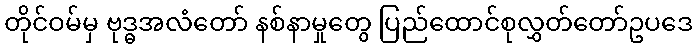
တိုင်ဝမ်မှ ဗုဒ္ဓအလံတော် နစ်နာမှုတွေ ပြည်ထောင်စုလွှတ်တော်ဥပဒေ